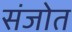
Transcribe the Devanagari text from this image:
संजोत